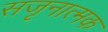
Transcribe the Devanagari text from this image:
सजृनात्मक